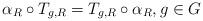
LaTeX: \begin{align*}\alpha_R\circ T_{g,R}=T_{g,R}\circ\alpha_R,g\in G\end{align*}